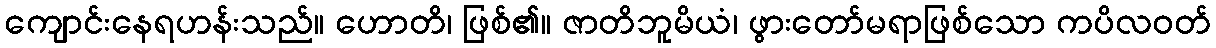
ကျောင်းနေရဟန်းသည်။ ဟောတိ၊ ဖြစ်၏။ ဇာတိဘူမိယံ၊ ဖွားတော်မရာဖြစ်သော ကပိလဝတ်